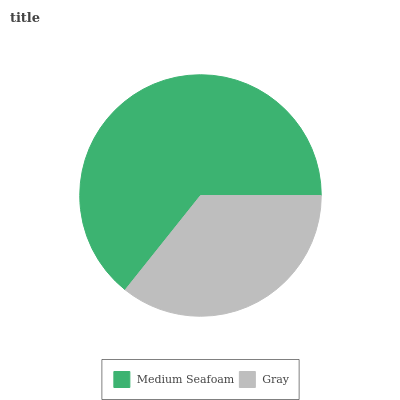
| Medium Seafoam | Gray |
 | --- | --- |
 | 64.3% | 35.7% |